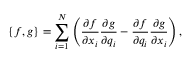
\left\{ f , g \right\} = \sum _ { i = 1 } ^ { N } \left( \frac { \partial f } { \partial x _ { i } } \frac { \partial g } { \partial q _ { i } } - \frac { \partial f } { \partial q _ { i } } \frac { \partial g } { \partial x _ { i } } \right) ,